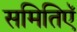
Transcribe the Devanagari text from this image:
समितिऍ